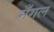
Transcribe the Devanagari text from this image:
मँगल